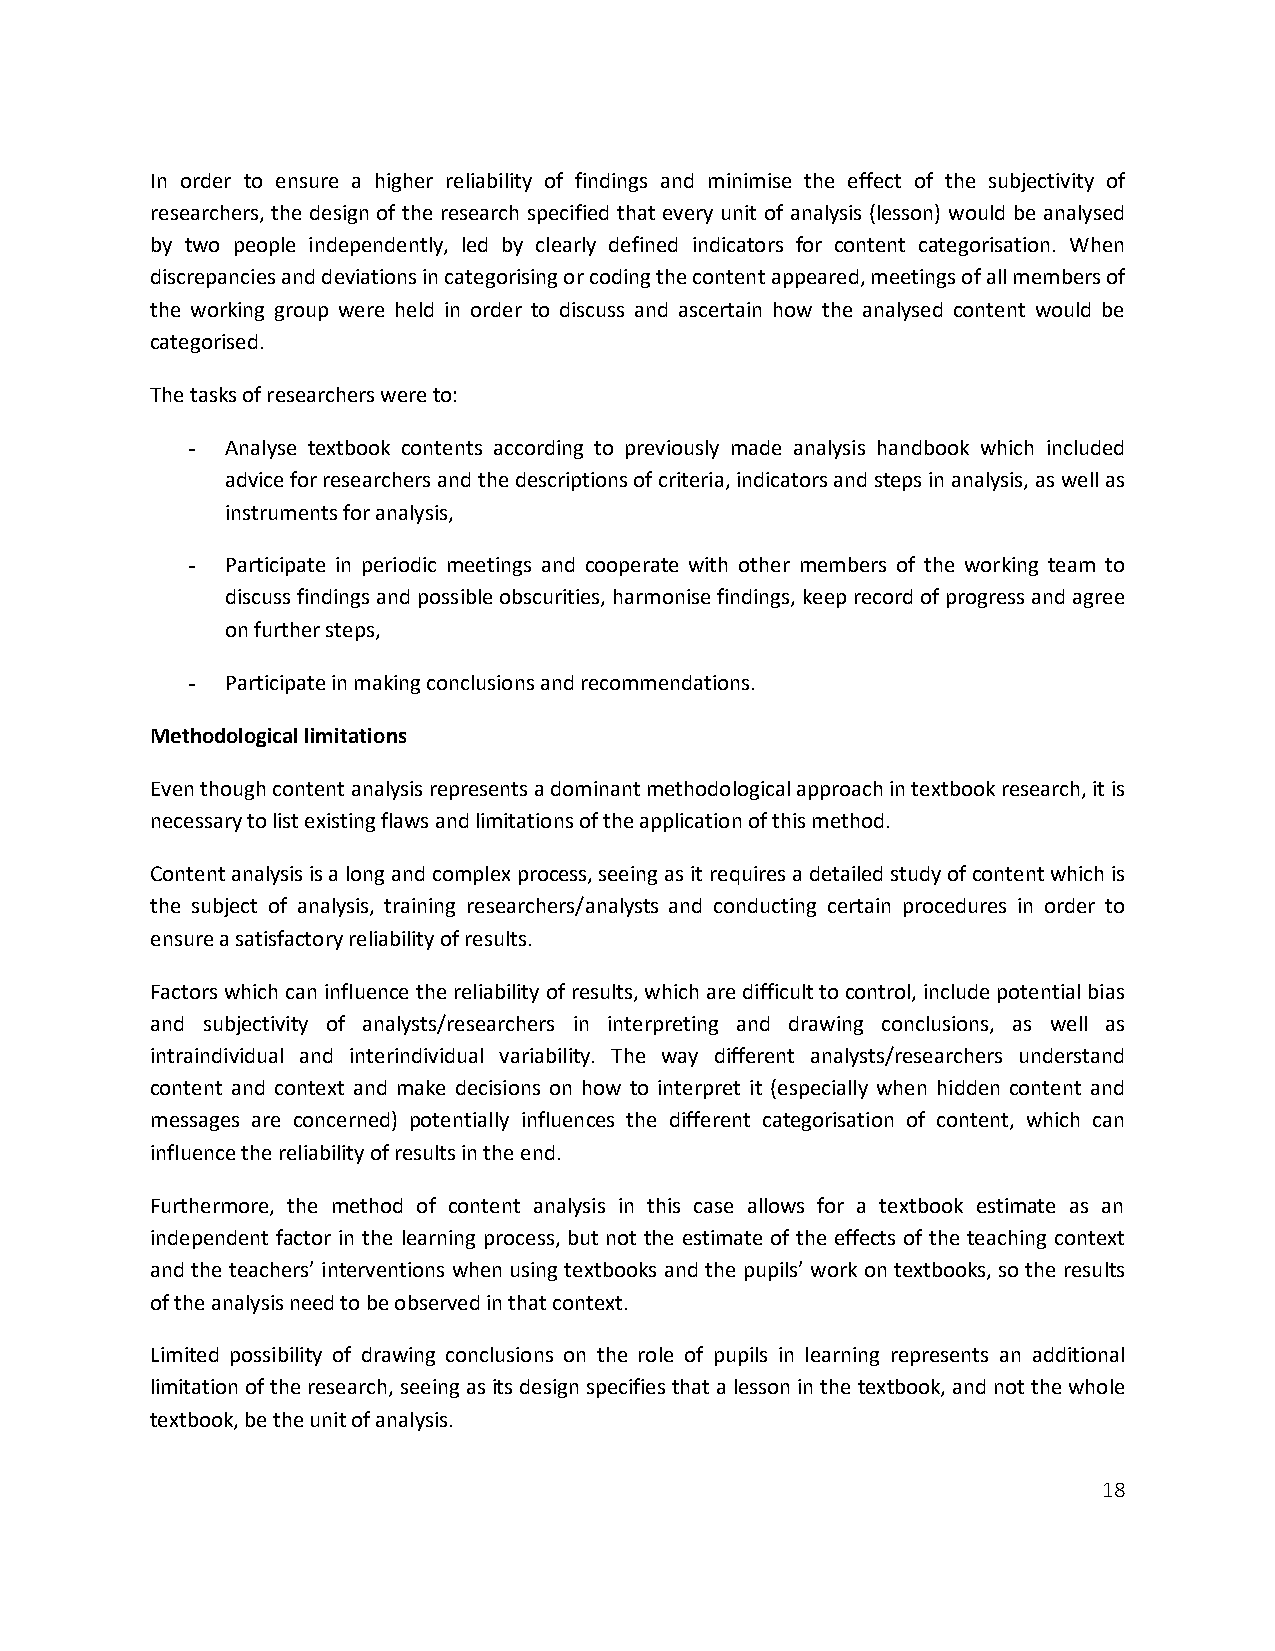
In order to ensure a higher reliability of findings and minimise the effect of the subjectivity of
 researchers, the design of the research specified that every unit of analysis (lesson) would be analysed
 by two people independently, led by clearly defined indicators for content categorisation. When
 discrepancies and deviations in categorising or coding the content appeared, meetings of all members of
 the working group were held in order to discuss and ascertain how the analysed content would be
 categorised.
 The tasks of researchers were to:
 -  Analyse textbook contents according to previously made analysis handbook which included
 advice for researchers and the descriptions of criteria, indicators and steps in analysis, as well as
 instruments for analysis,
 -  Participate in periodic meetings and cooperate with other members of the working team to
 discuss findings and possible obscurities, harmonise findings, keep record of progress and agree
 on further steps,
 -  Participate in making conclusions and recommendations.
 Methodological limitations
 Even though content analysis represents a dominant methodological approach in textbook research, it is
 necessary to list existing flaws and limitations of the application of this method.
 Content analysis is a long and complex process, seeing as it requires a detailed study of content which is
 the subject of analysis, training researchers/analysts and conducting certain procedures in order to
 ensure a satisfactory reliability of results.
 Factors which can influence the reliability of results, which are difficult to control, include potential bias
 and subjectivity of analysts/researchers in interpreting and drawing conclusions, as well as
 intraindividual and interindividual variability. The way different analysts/researchers understand
 content and context and make decisions on how to interpret it (especially when hidden content and
 messages are concerned) potentially influences the different categorisation of content, which can
 influence the reliability of results in the end.
 Furthermore, the method of content analysis in this case allows for a textbook estimate as an
 independent factor in the learning process, but not the estimate of the effects of the teaching context
 and the teachers’ interventions when using textbooks and the pupils’ work on textbooks, so the results
 of the analysis need to be observed in that context.
 Limited possibility of drawing conclusions on the role of pupils in learning represents an additional
 limitation of the research, seeing as its design specifies that a lesson in the textbook, and not the whole
 textbook, be the unit of analysis.
 18